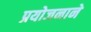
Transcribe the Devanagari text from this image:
प्रयोजनाने